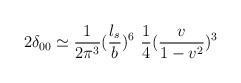
\begin{align*}2\delta _{00}\simeq{1\over 2\pi^3} ( {l_s\over b})^6 ~{1\over 4}({v\over 1-v^2})^3\end{align*}